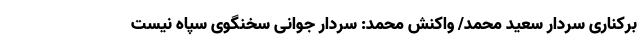
برکناری سردار سعید محمد/ واکنش محمد: سردار جوانی سخنگوی سپاه نیست